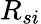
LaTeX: R_{si}